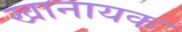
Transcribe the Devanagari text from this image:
खानायक